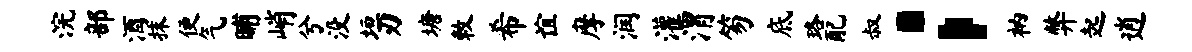
浣部酒抹便气晡峭兮没垣刃塘敕希谊摩润灌渭笏底珞配叔；衲弊起逍